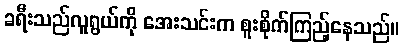
ခရီးသည်လူရွယ်ကို အေးသင်းက စူးစိုက်ကြည့်နေသည်။